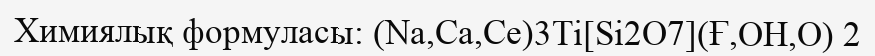
Химиялық формуласы: (Na,Са,Се)3Ті[Sі2O7](Ғ,OН,O) 2